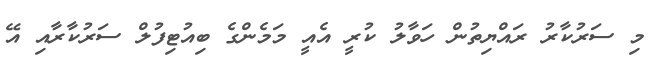
މި ސަރުކާރު ރައްޔިތުން ހަވާލު ކުރީ އެއީ މަމެންގެ ބިއުޓިފުލް ސަރުކާރާއި އޭ